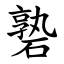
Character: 䃞